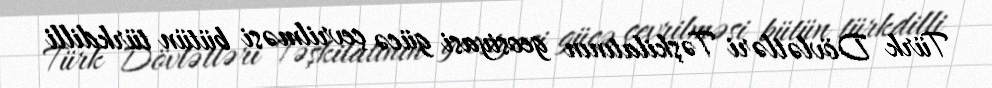
Türk Dövlətləri Təşkilatının geosiyasi gücə çevrilməsi bütün türkdilli